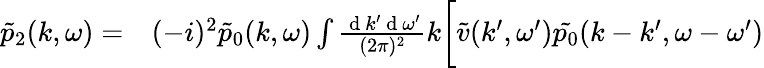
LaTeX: \begin{array}{rl}{\tilde{p}_{2}(k,\omega)=}&{{}(-i)^{2}\tilde{p}_{0}(k,\omega)\int\frac{\mathrm{~d~}k^{\prime}\mathrm{~d~}\omega^{\prime}}{(2\pi)^{2}}k\bigg[\tilde{v}(k^{\prime},\omega^{\prime})\tilde{p_{0}}(k-k^{\prime},\omega-\omega^{\prime})}\end{array}